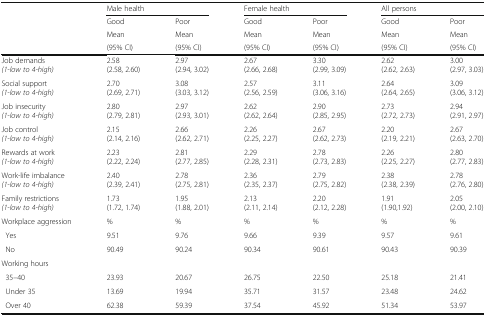
<table><thead><tr><td></td><td colspan="2"><b>Male health</b></td><td colspan="2"><b>Female health</b></td><td colspan="2"><b>All persons</b></td></tr><tr><td></td><td><b>Good</b></td><td><b>Poor</b></td><td><b>Good</b></td><td><b>Poor</b></td><td><b>Good</b></td><td><b>Poor</b></td></tr><tr><td rowspan="2"></td><td><b>Mean</b></td><td><b>Mean</b></td><td><b>Mean</b></td><td><b>Mean</b></td><td><b>Mean</b></td><td><b>Mean</b></td></tr><tr><td><b>(95% CI)</b></td><td><b>(95% CI)</b></td><td><b>(95% CI)</b></td><td><b>(95% CI)</b></td><td><b>(95% CI)</b></td><td><b>(95% CI)</b></td></tr></thead><tbody><tr><td>Job demands<i>(1-low to 4-high)</i></td><td>2.58(2.58, 2.60)</td><td>2.97(2.94, 3.02)</td><td>2.67(2.66, 2.68)</td><td>3.30(2.99, 3.09)</td><td>2.62(2.62, 2.63)</td><td>3.00(2.97, 3.03)</td></tr><tr><td>Social support<i>(1-low to 4-high)</i></td><td>2.70(2.69, 2.71)</td><td>3.08(3.03, 3.12)</td><td>2.57(2.56, 2.59)</td><td>3.11(3.06, 3.16)</td><td>2.64(2.64, 2.65)</td><td>3.09(3.06, 3.12)</td></tr><tr><td>Job insecurity<i>(1-low to 4-high)</i></td><td>2.80(2.79, 2.81)</td><td>2.97(2.93, 3.01)</td><td>2.62(2.62, 2.64)</td><td>2.90(2.85, 2.95)</td><td>2.73(2.72, 2.73)</td><td>2.94(2.91, 2.97)</td></tr><tr><td>Job control<i>(1-low to 4-high)</i></td><td>2.15(2.14, 2.16)</td><td>2.66(2.62, 2.71)</td><td>2.26(2.25, 2.27)</td><td>2.67(2.62, 2.73)</td><td>2.20(2.19, 2.21)</td><td>2.67(2.63, 2.70)</td></tr><tr><td>Rewards at work<i>(1-low to 4-high)</i></td><td>2.23(2.22, 2.24)</td><td>2.81(2.77, 2.85)</td><td>2.29(2.28, 2.31)</td><td>2.78(2.73, 2.83)</td><td>2.26(2.25, 2.27)</td><td>2.80(2.77, 2.83)</td></tr><tr><td>Work-life imbalance<i>(1-low to 4-high)</i></td><td>2.40(2.39, 2.41)</td><td>2.78(2.75, 2.81)</td><td>2.36(2.35, 2.37)</td><td>2.79(2.75, 2.82)</td><td>2.38(2.38, 2.39)</td><td>2.78(2.76, 2.80)</td></tr><tr><td>Family restrictions<i>(1-low to 4-high)</i></td><td>1.73(1.72, 1.74)</td><td>1.95(1.88, 2.01)</td><td>2.13(2.11, 2.14)</td><td>2.20(2.12, 2.28)</td><td>1.91(1.90,1.92)</td><td>2.05(2.00, 2.10)</td></tr><tr><td>Workplace aggression</td><td>%</td><td>%</td><td>%</td><td>%</td><td>%</td><td>%</td></tr><tr><td> Yes</td><td>9.51</td><td>9.76</td><td>9.66</td><td>9.39</td><td>9.57</td><td>9.61</td></tr><tr><td> No</td><td>90.49</td><td>90.24</td><td>90.34</td><td>90.61</td><td>90.43</td><td>90.39</td></tr><tr><td>Working hours</td><td></td><td></td><td></td><td></td><td></td><td></td></tr><tr><td> 35–40</td><td>23.93</td><td>20.67</td><td>26.75</td><td>22.50</td><td>25.18</td><td>21.41</td></tr><tr><td> Under 35</td><td>13.69</td><td>19.94</td><td>35.71</td><td>31.57</td><td>23.48</td><td>24.62</td></tr><tr><td> Over 40</td><td>62.38</td><td>59.39</td><td>37.54</td><td>45.92</td><td>51.34</td><td>53.97</td></tr></tbody></table>